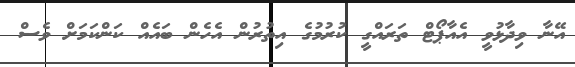
އޭނާ ވިދާޅުވީ އެއާޕޯޓް ތަރައްގީ ކުރުމުގެ އިތުރުން އެހެން ބައެއް ކަންކަމަށް ވެސް